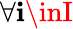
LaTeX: \forall\mathbf{i}\inI